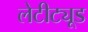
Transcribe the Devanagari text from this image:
लेटीट्यूड